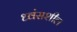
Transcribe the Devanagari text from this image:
ध्वंसशील